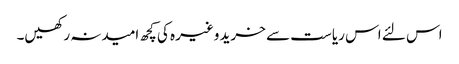
اس لئے اس ریاست سے خرید وغیرہ کی کچھ امیدنہ رکھیں۔